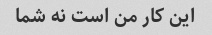
این کار من است نه شما